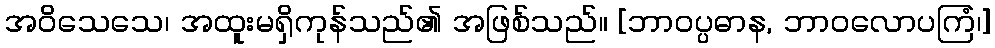
အဝိသေသေ၊ အထူးမရှိကုန်သည်၏ အဖြစ်သည်။ [ဘာဝပ္ပဓာန, ဘာဝလောပကြံ၊]